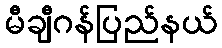
မီချီဂန်ပြည်နယ်